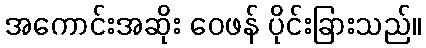
အကောင်းအဆိုး ဝေဖန် ပိုင်းခြားသည်။